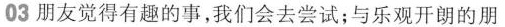
03朋友觉得有趣的事，我们会去尝试；与乐观开朗的朋